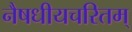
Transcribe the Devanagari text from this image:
नैषधीयचरितम्‌